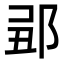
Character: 𨛄